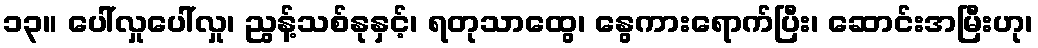
၁၃။ ပေါ်လှုပေါ်လှု၊ ညွန့်သစ်နုနှင့်၊ ရတုသာထွေ၊ နွေကားရောက်ပြီး၊ ဆောင်းအမြီးဟု၊